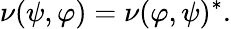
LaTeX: \nu(\psi,\varphi)=\nu(\varphi,\psi)^{*}.